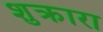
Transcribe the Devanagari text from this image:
शुक्रारा